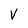
Character: V